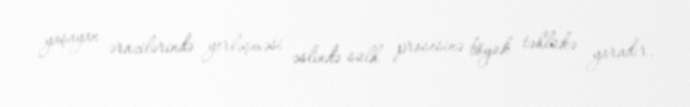
yaşayan ərazilərində yerləşməsi əslində sülh prosesinə böyük təhlükə yaradır.